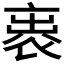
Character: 𧙦